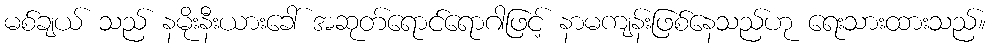
မစ်ချယ် သည် နမိုးနီးယားခေါ် အဆုတ်ရောင်ရောဂါဖြင့် နာမကျန်းဖြစ်နေသည်ဟု ရေးသားထားသည်။